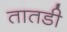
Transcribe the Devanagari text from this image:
तातडी